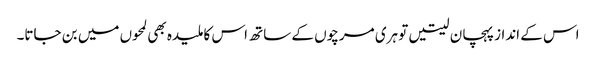
اس کے انداز پہچان لیتیں تو ہری مرچوں کے ساتھ اس کا ملیدہ بھی لمحوں میں بن جاتا۔